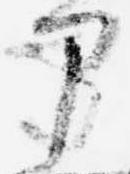
部